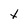
Character: t